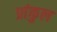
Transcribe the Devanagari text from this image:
प्रांकुल